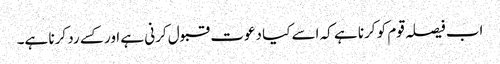
اب فیصلہ قوم کو کرنا ہے کہ اسے کیا دعوت قبول کرنی ہے اور کسے رد کرنا ہے۔